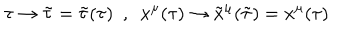
\tau \rightarrow \tilde { \tau } = \tilde { \tau } ( \tau ) \ \ , \ \ x ^ { \mu } ( \tau ) \rightarrow \tilde { x } ^ { \mu } ( \tilde { \tau } ) = x ^ { \mu } ( \tau )